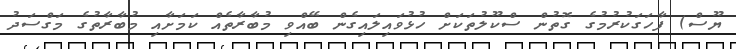
ޔޫސް) ފާހަގަކުރުމުގެ ގޮތުން ސްކޫލުތަކަށް ހުޅުވައިލައިގެން ބޭއްވި މުބާރާތެއް ކަމަށާއި މުބާރާތުގެ މަގްސަދު